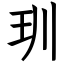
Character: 玔